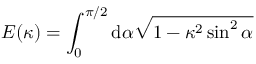
E ( \kappa ) = \int _ { 0 } ^ { \pi / 2 } \mathrm { d } \alpha \sqrt { 1 - \kappa ^ { 2 } \sin ^ { 2 } \alpha }